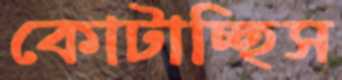
কোটাচ্ছিস